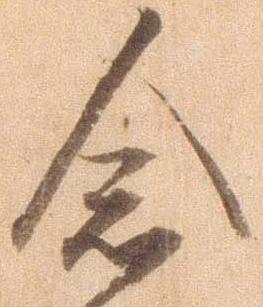
念